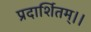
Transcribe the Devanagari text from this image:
प्रदार्शितम्।।